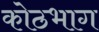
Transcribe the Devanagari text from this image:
कोठभाग